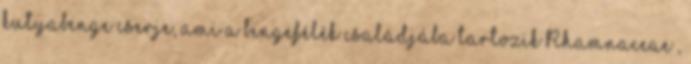
kutyabenge cserje, ami a bengefélék családjába tartozik Rhamnaceae ,